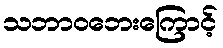
သဘာဝဘေးကြောင့်